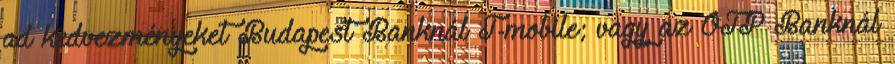
ad kedvezményeket Budapest Banknál T-mobile; vagy az OTP Banknál